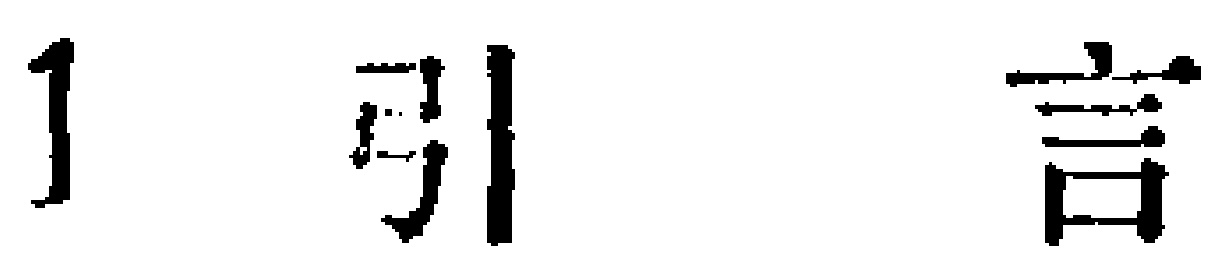
1 引言